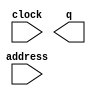
module ROM_seq (
	address,
	clock,
	q);

	input	[4:0]  address;
	input	  clock;
	output	[4:0]  q;
`ifndef ALTERA_RESERVED_QIS
// synopsys translate_off
`endif
	tri1	  clock;
`ifndef ALTERA_RESERVED_QIS
// synopsys translate_on
`endif

endmodule